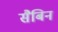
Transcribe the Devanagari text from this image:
सैबिन